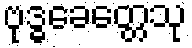
ဗုဒ္ဓခေတ္တေသု